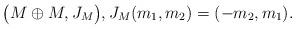
LaTeX: \begin{align*}\bigl( M \oplus M, J_M \bigr), J_M(m_1, m_2) = (-m_2, m_1).\end{align*}